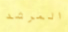
المرشد